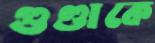
গুণ্ডাকে